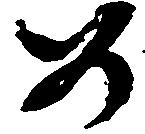
め